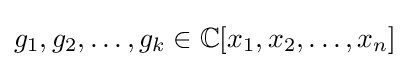
g_{1},g_{2},\ldots ,g_{k}\in \mathbb {C} [x_{1},x_{2},\ldots ,x_{n}]